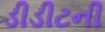
ડીડીટની